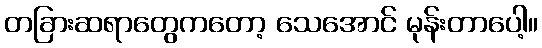
တခြားဆရာတွေကတော့ သေအောင် မုန်းတာပေါ့။